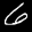
Digit: 6